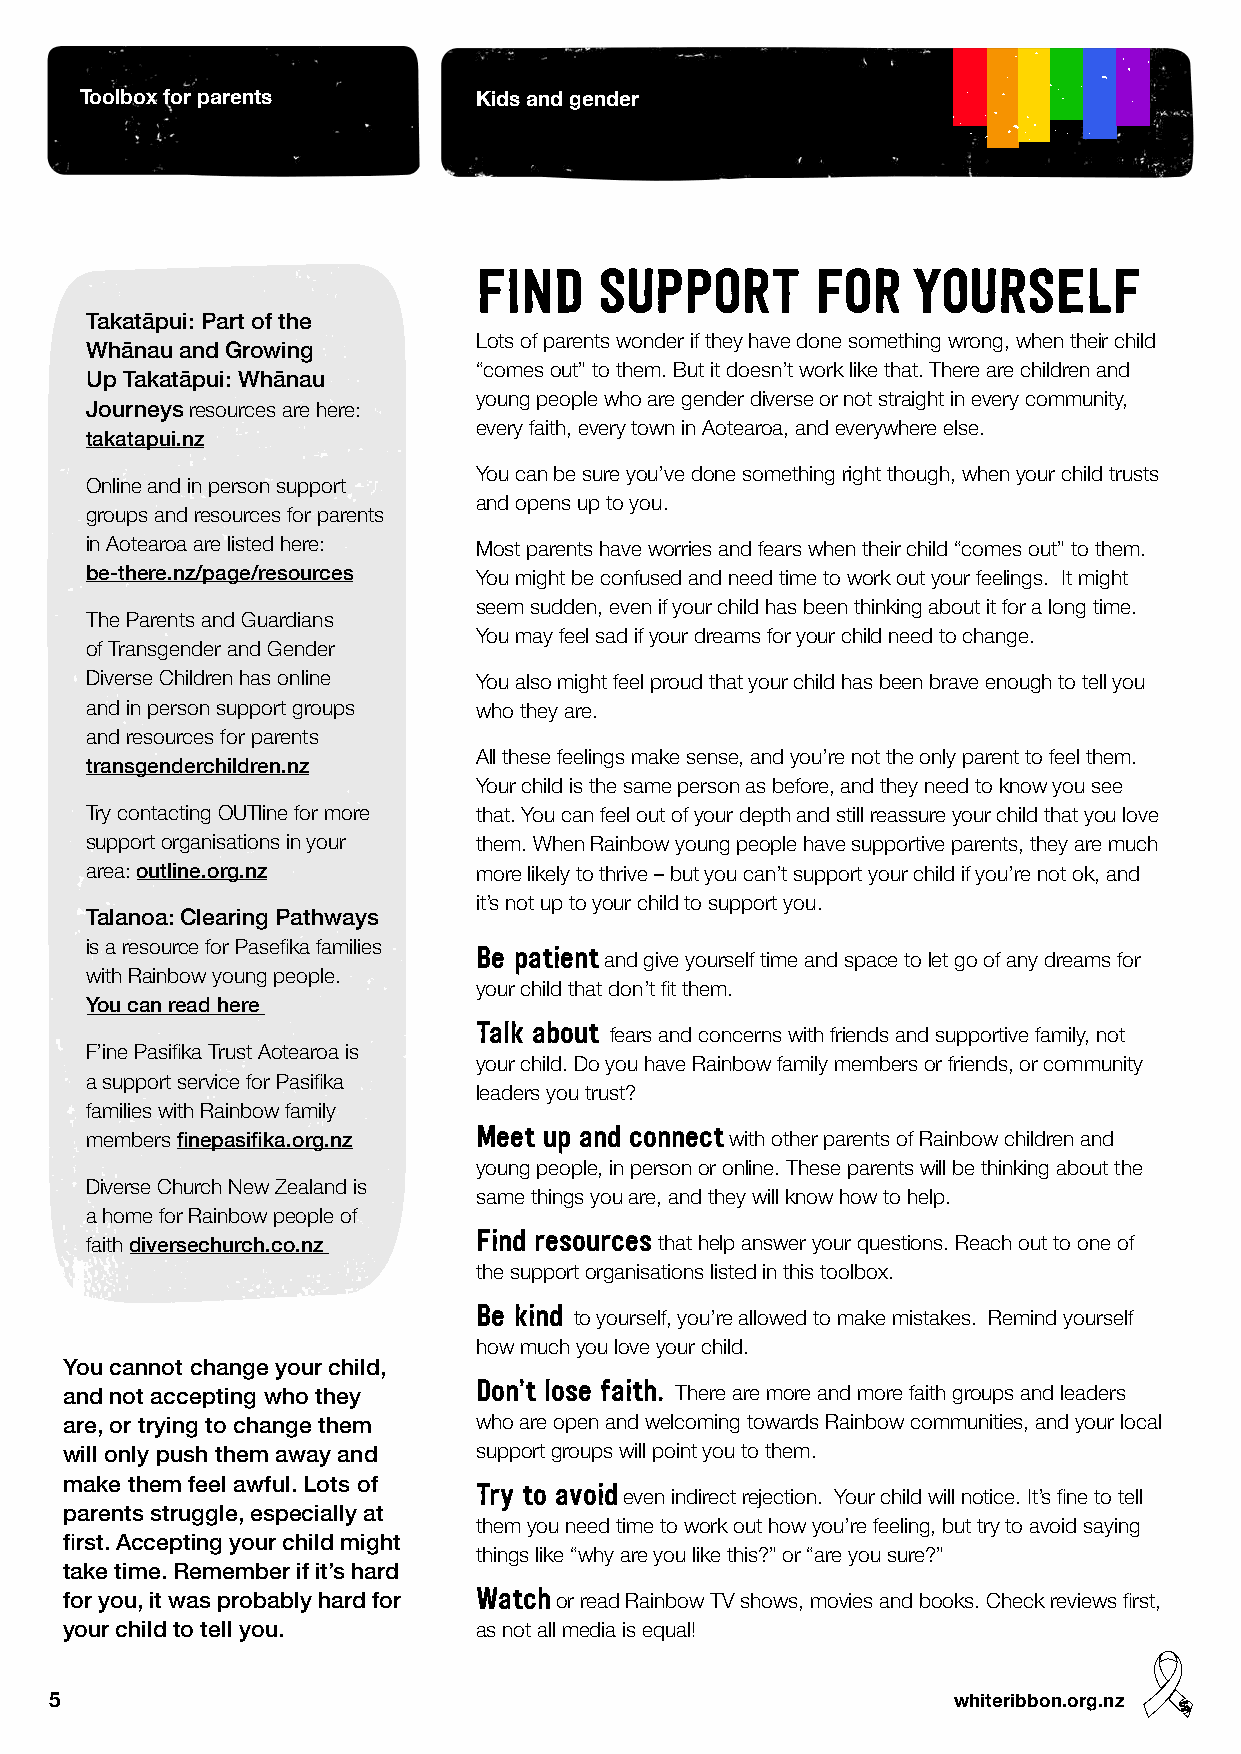
Toolbox for parents        Kids and gender
 FIND    SUPPORT       FOR   YOURSELF
 Takatāpui: Part of the
 Lots of parents wonder if they have done something wrong, when their child
 Whānau and Growing
 “comes out” to them. But it doesn’t work like that. There are children and
 Up Takatāpui: Whānau
 young people who are gender diverse or not straight in every community,
 Journeys resources are here:
 every faith, every town in Aotearoa, and everywhere else.
 takatapui.nz
 You can be sure you’ve done something right though, when your child trusts
 Online and in person support
 and opens up to you.
 groups and resources for parents
 in Aotearoa are listed here: Most parents have worries and fears when their child “comes out” to them.
 be-there.nz/page/resources You might be confused and need time to work out your feelings. It might
 seem sudden, even if your child has been thinking about it for a long time.
 The Parents and Guardians
 You may feel sad if your dreams for your child need to change.
 of Transgender and Gender
 Diverse Children has online You also might feel proud that your child has been brave enough to tell you
 and in person support groups who they are.
 and resources for parents
 All these feelings make sense, and you’re not the only parent to feel them.
 transgenderchildren.nz
 Your child is the same person as before, and they need to know you see
 Try contacting OUTline for more that. You can feel out of your depth and still reassure your child that you love
 support organisations in your them. When Rainbow young people have supportive parents, they are much
 area: outline.org.nz      more likely to thrive – but you can’t support your child if you’re not ok, and
 it’s not up to your child to support you.
 Talanoa: Clearing Pathways
 is a resource for Pasefika families Be patient
 and give yourself time and space to let go of any dreams for
 with Rainbow young people.
 your child that don’t fit them.
 You can read here
 Talk about
 fears and concerns with friends and supportive family, not
 F’ine Pasifika Trust Aotearoa is
 your child. Do you have Rainbow family members or friends, or community
 a support service for Pasifika
 leaders you trust?
 families with Rainbow family
 Meet up and connect
 members finepasifika.org.nz               with other parents of Rainbow children and
 young people, in person or online. These parents will be thinking about the
 Diverse Church New Zealand is
 same things you are, and they will know how to help.
 a home for Rainbow people of
 Find resources
 faith diversechurch.co.nz             that help answer your questions. Reach out to one of
 the support organisations listed in this toolbox.
 Be kind
 to yourself, you’re allowed to make mistakes. Remind yourself
 how much you love your child.
 You cannot change your child,
 Don’t lose faith.
 and not accepting who they               There are more and more faith groups and leaders
 are, or trying to change them who are open and welcoming towards Rainbow communities, and your local
 will only push them away and support groups will point you to them.
 make them feel awful. Lots of Try to avoid
 even indirect rejection. Your child will notice. It’s fine to tell
 parents struggle, especially at
 them you need time to work out how you’re feeling, but try to avoid saying
 first. Accepting your child might
 things like “why are you like this?” or “are you sure?”
 take time. Remember if it’s hard
 Watch
 for you, it was probably hard for or read Rainbow TV shows, movies and books. Check reviews first,
 your child to tell you.     as not all media is equal!
 5                                                           whiteribbon.org.nz